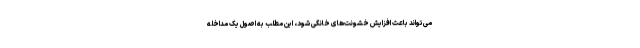
می‌تواند باعث افزایش خشونت‌های خانگی شود، این مطلب به اصول یک مداخله